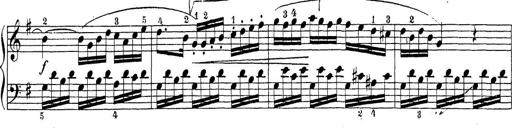
Title: Sonatina Album
Composer: Louis KÃ¶hler